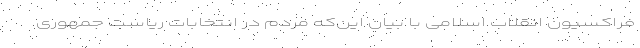
فراکسیون انقلاب اسلامی با بیان این‌که مردم در انتخابات ریاست جمهوری